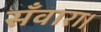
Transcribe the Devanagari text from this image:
सँवारा।